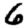
Digit: 6